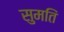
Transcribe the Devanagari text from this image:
सुमतिं